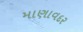
માણાવદર